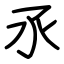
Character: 氶